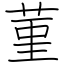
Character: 菫